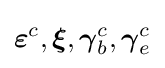
{\boldsymbol {\varepsilon }}^{c},{\boldsymbol {\xi }},{\boldsymbol {\gamma }}_{b}^{c},{\boldsymbol {\gamma }}_{e}^{c}